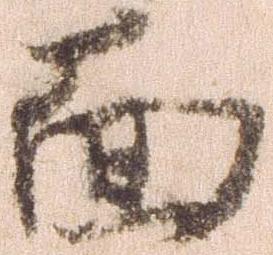
面